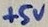
Text: +5V